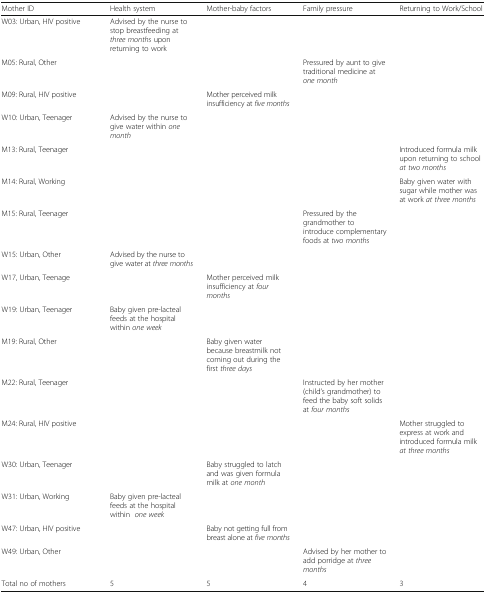
<table><thead><tr><td><b>Mother ID</b></td><td><b>Health system</b></td><td><b>Mother-baby factors</b></td><td><b>Family pressure</b></td><td><b>Returning to Work/School</b></td></tr></thead><tbody><tr><td>W03: Urban, HIV positive</td><td>Advised by the nurse to stop breastfeeding at <i>three months</i> upon returning to work</td><td></td><td></td><td></td></tr><tr><td>M05: Rural, Other</td><td></td><td></td><td>Pressured by aunt to give traditional medicine at <i>one month</i></td><td></td></tr><tr><td>M09: Rural, HIV positive</td><td></td><td>Mother perceived milk insufficiency at <i>five months</i></td><td></td><td></td></tr><tr><td>W10: Urban, Teenager</td><td>Advised by the nurse to give water within <i>one month</i></td><td></td><td></td><td></td></tr><tr><td>M13: Rural, Teenager</td><td></td><td></td><td></td><td>Introduced formula milk upon returning to school <i>at two months</i></td></tr><tr><td>M14: Rural, Working</td><td></td><td></td><td></td><td>Baby given water with sugar while mother was at work <i>at three months</i></td></tr><tr><td>M15: Rural, Teenager</td><td></td><td></td><td>Pressured by the grandmother to introduce complementary foods at <i>two months</i></td><td></td></tr><tr><td>W15: Urban, Other</td><td>Advised by the nurse to give water at <i>three months</i></td><td></td><td></td><td></td></tr><tr><td>W17, Urban, Teenage</td><td></td><td>Mother perceived milk insufficiency at <i>four months</i></td><td></td><td></td></tr><tr><td>W19: Urban, Teenager</td><td>Baby given pre-lacteal feeds at the hospital within <i>one week</i></td><td></td><td></td><td></td></tr><tr><td>M19: Rural, Other</td><td></td><td>Baby given water because breastmilk not coming out during the first <i>three days</i></td><td></td><td></td></tr><tr><td>M22: Rural, Teenager</td><td></td><td></td><td>Instructed by her mother (child’s grandmother) to feed the baby soft solids at <i>four months</i></td><td></td></tr><tr><td>M24: Rural, HIV positive</td><td></td><td></td><td></td><td>Mother struggled to express at work and introduced formula milk <i>at three months</i></td></tr><tr><td>W30: Urban, Teenager</td><td></td><td>Baby struggled to latch and was given formula milk at <i>one month</i></td><td></td><td></td></tr><tr><td>W31: Urban, Working</td><td>Baby given pre-lacteal feeds at the hospital within <i> one week</i></td><td></td><td></td><td></td></tr><tr><td>W47: Urban, HIV positive</td><td></td><td>Baby not getting full from breast alone at <i>five months</i></td><td></td><td></td></tr><tr><td>W49: Urban, Other</td><td></td><td></td><td>Advised by her mother to add porridge at <i>three months</i></td><td></td></tr><tr><td>Total no of mothers</td><td>5</td><td>5</td><td>4</td><td>3</td></tr></tbody></table>